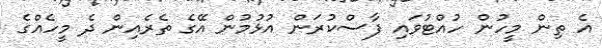
އެ ތިން މީހުން ހުއްޓުވައި ފާސްކުރަން އުޅުމުން އޭގެ ތެރެއިން ދެ މީހެއްގެ